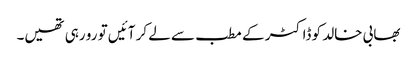
بھابی خالد کو ڈاکٹر کے مطب سے لے کر آئیں تو رو رہی تھیں۔